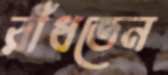
রাঁধতেন